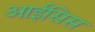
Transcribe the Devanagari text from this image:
आईसिस